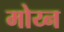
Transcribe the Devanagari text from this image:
मोय्न